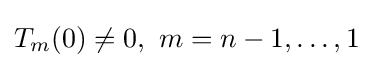
T_{m}(0)\neq 0,\ m=n-1,\dots ,1